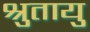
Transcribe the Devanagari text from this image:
श्रुतायु